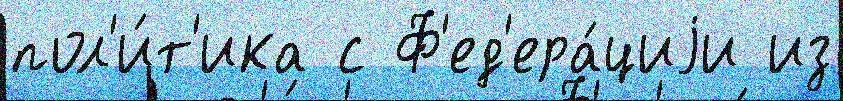
пол'и́т'ика с Ф'ед'ера́циjи из